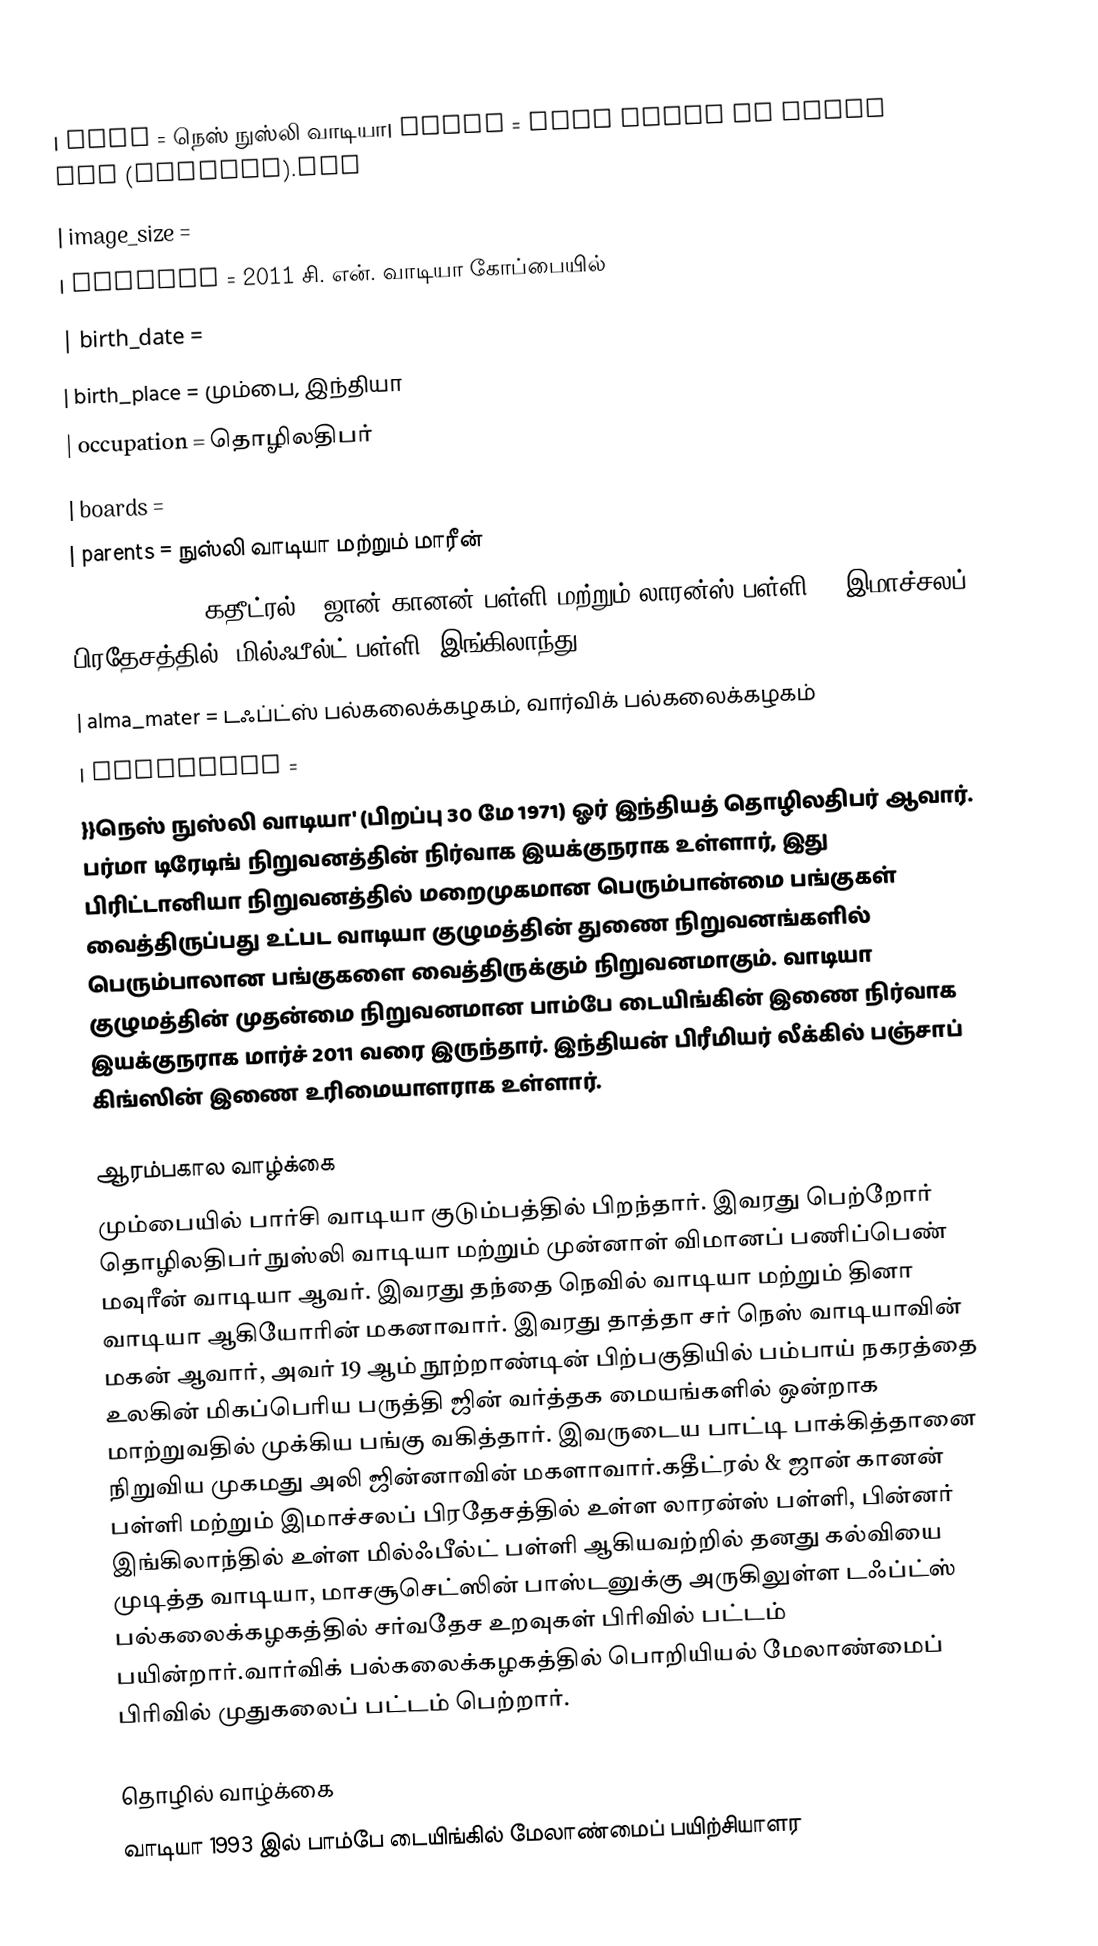
{{Infobox person
| name               = நெஸ் நுஸ்லி வாடியா| image              = Ness Wadia CN Wadia Cup (cropped).jpg
| image_size         =
| caption            = 2011 சி. என். வாடியா கோப்பையில்
| birth_date         =
| birth_place        = மும்பை, இந்தியா
| occupation         = தொழிலதிபர்
| boards             =
| parents            = நுஸ்லி வாடியா மற்றும் மாரீன்
| education          = கதீட்ரல் & ஜான் கானன் பள்ளி மற்றும்  லாரன்ஸ் பள்ளி,  ( இமாச்சலப் பிரதேசத்தில் )மில்ஃபீல்ட் பள்ளி (இங்கிலாந்து)
| alma_mater         = டஃப்ட்ஸ் பல்கலைக்கழகம், வார்விக் பல்கலைக்கழகம்
| relatives          =
}}நெஸ் நுஸ்லி வாடியா' (பிறப்பு 30 மே 1971) ஓர் இந்தியத் தொழிலதிபர் ஆவார். பர்மா டிரேடிங்  நிறுவனத்தின் நிர்வாக இயக்குநராக உள்ளார், இது பிரிட்டானியா நிறுவனத்தில் மறைமுகமான பெரும்பான்மை பங்குகள் வைத்திருப்பது உட்பட வாடியா குழுமத்தின் துணை நிறுவனங்களில் பெரும்பாலான பங்குகளை வைத்திருக்கும் நிறுவனமாகும். வாடியா குழுமத்தின் முதன்மை நிறுவனமான பாம்பே டையிங்கின் இணை நிர்வாக இயக்குநராக மார்ச் 2011 வரை இருந்தார்.  இந்தியன் பிரீமியர் லீக்கில் பஞ்சாப் கிங்ஸின் இணை உரிமையாளராக உள்ளார்.

 ஆரம்பகால வாழ்க்கை
மும்பையில் பார்சி வாடியா குடும்பத்தில் பிறந்தார். இவரது பெற்றோர் தொழிலதிபர் நுஸ்லி வாடியா மற்றும் முன்னாள் விமானப் பணிப்பெண் மவுரீன் வாடியா ஆவர். இவரது தந்தை நெவில் வாடியா மற்றும் தினா வாடியா ஆகியோரின் மகனாவார். இவரது தாத்தா சர் நெஸ் வாடியாவின் மகன் ஆவார், அவர் 19 ஆம் நூற்றாண்டின் பிற்பகுதியில் பம்பாய் நகரத்தை உலகின் மிகப்பெரிய பருத்தி ஜின் வர்த்தக மையங்களில் ஒன்றாக மாற்றுவதில் முக்கிய பங்கு வகித்தார். இவருடைய பாட்டி பாக்கித்தானை நிறுவிய முகமது அலி ஜின்னாவின் மகளாவார்.கதீட்ரல் & ஜான் கானன் பள்ளி மற்றும் இமாச்சலப் பிரதேசத்தில் உள்ள லாரன்ஸ் பள்ளி, பின்னர் இங்கிலாந்தில் உள்ள மில்ஃபீல்ட் பள்ளி ஆகியவற்றில் தனது கல்வியை முடித்த வாடியா, மாசசூசெட்ஸின் பாஸ்டனுக்கு அருகிலுள்ள டஃப்ட்ஸ் பல்கலைக்கழகத்தில் சர்வதேச உறவுகள் பிரிவில் பட்டம் பயின்றார்.வார்விக் பல்கலைக்கழகத்தில் பொறியியல் மேலாண்மைப் பிரிவில் முதுகலைப் பட்டம் பெற்றார்.

 தொழில் வாழ்க்கை
வாடியா 1993 இல் பாம்பே டையிங்கில் மேலாண்மைப் பயிற்சியாளர